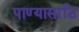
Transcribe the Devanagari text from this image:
पाण्यासाठि